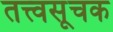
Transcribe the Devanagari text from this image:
तत्त्वसूचक